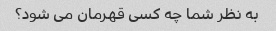
به نظر شما چه کسی قهرمان می شود؟